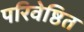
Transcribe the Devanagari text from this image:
परिवेष्ठित